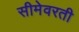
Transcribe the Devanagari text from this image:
सीमेवरती